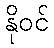
နိုဝင်